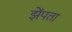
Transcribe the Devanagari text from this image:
झेंपता